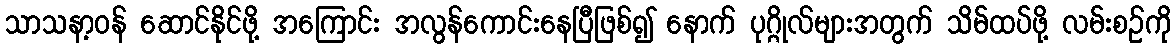
သာသနာ့ဝန် ဆောင်နိုင်ဖို့ အကြောင်း အလွန်ကောင်းနေပြီဖြစ်၍ နောက် ပုဂ္ဂိုလ်များအတွက် သိမ်ထပ်ဖို့ လမ်းစဉ်ကို